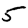
Digit: 5